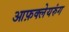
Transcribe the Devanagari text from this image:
आफ़क्लेयरुंग